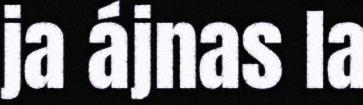
ja ájnas la